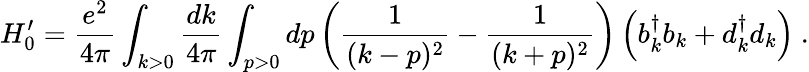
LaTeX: H_{0}^{\prime}={\frac{e^{2}}{4\pi}}\int_{k>0}{\frac{dk}{4\pi}}\int_{p>0}dp\left({\frac{1}{(k-p)^{2}}}-{\frac{1}{(k+p)^{2}}}\right)\left(b_{k}^{\dagger}b_{k}+d_{k}^{\dagger}d_{k}\right)\ .